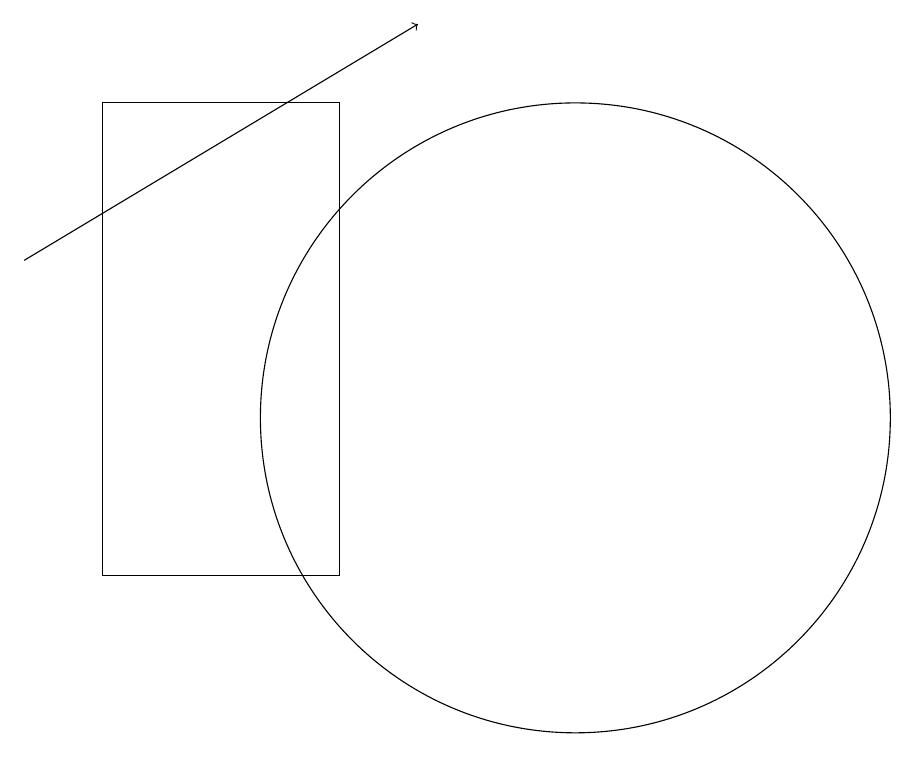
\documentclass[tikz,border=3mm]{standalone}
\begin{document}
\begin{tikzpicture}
\draw[->] (3,14) -- (8,17);
\draw (4,16) rectangle (7,10);
\draw (10,12) circle (4);
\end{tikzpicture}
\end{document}